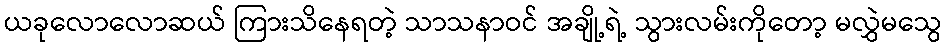
ယခုလောလောဆယ် ကြားသိနေရတဲ့ သာသနာဝင် အချို့ရဲ့ သွားလမ်းကိုတော့ မလွှဲမသွေ